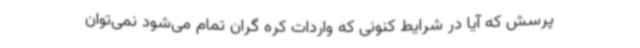
پرسش که آیا در شرایط کنونی که واردات کره گران تمام می‌شود نمی‌توان